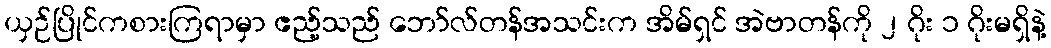
ယှဉ်ပြိုင်ကစားကြရာမှာ ဧည့်သည် ဘော်လ်တန်အသင်းက အိမ်ရှင် အဲဗာတန်ကို ၂ ဂိုး ၁ ဂိုးမရှိနဲ့